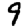
Digit: 9